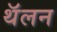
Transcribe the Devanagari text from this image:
थॅलन